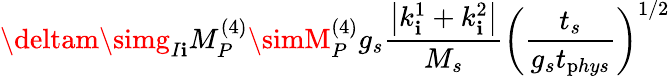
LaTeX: \deltam\simg_{I\mathbf{i}}M_{P}^{(4)}\simM_{P}^{(4)}g_{s}\frac{{\left|k_{\mathbf{i}}^{1}+k_{\mathbf{i}}^{2}\right|}}{{M_{s}}}\left(\frac{{t_{s}}}{{g_{s}t_{\mathrm{p}hys}}}\right)^{1/2}